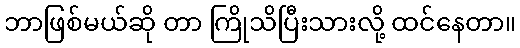
ဘာဖြစ်မယ်ဆို တာ ကြိုသိပြီးသားလို့ ထင်နေတာ။